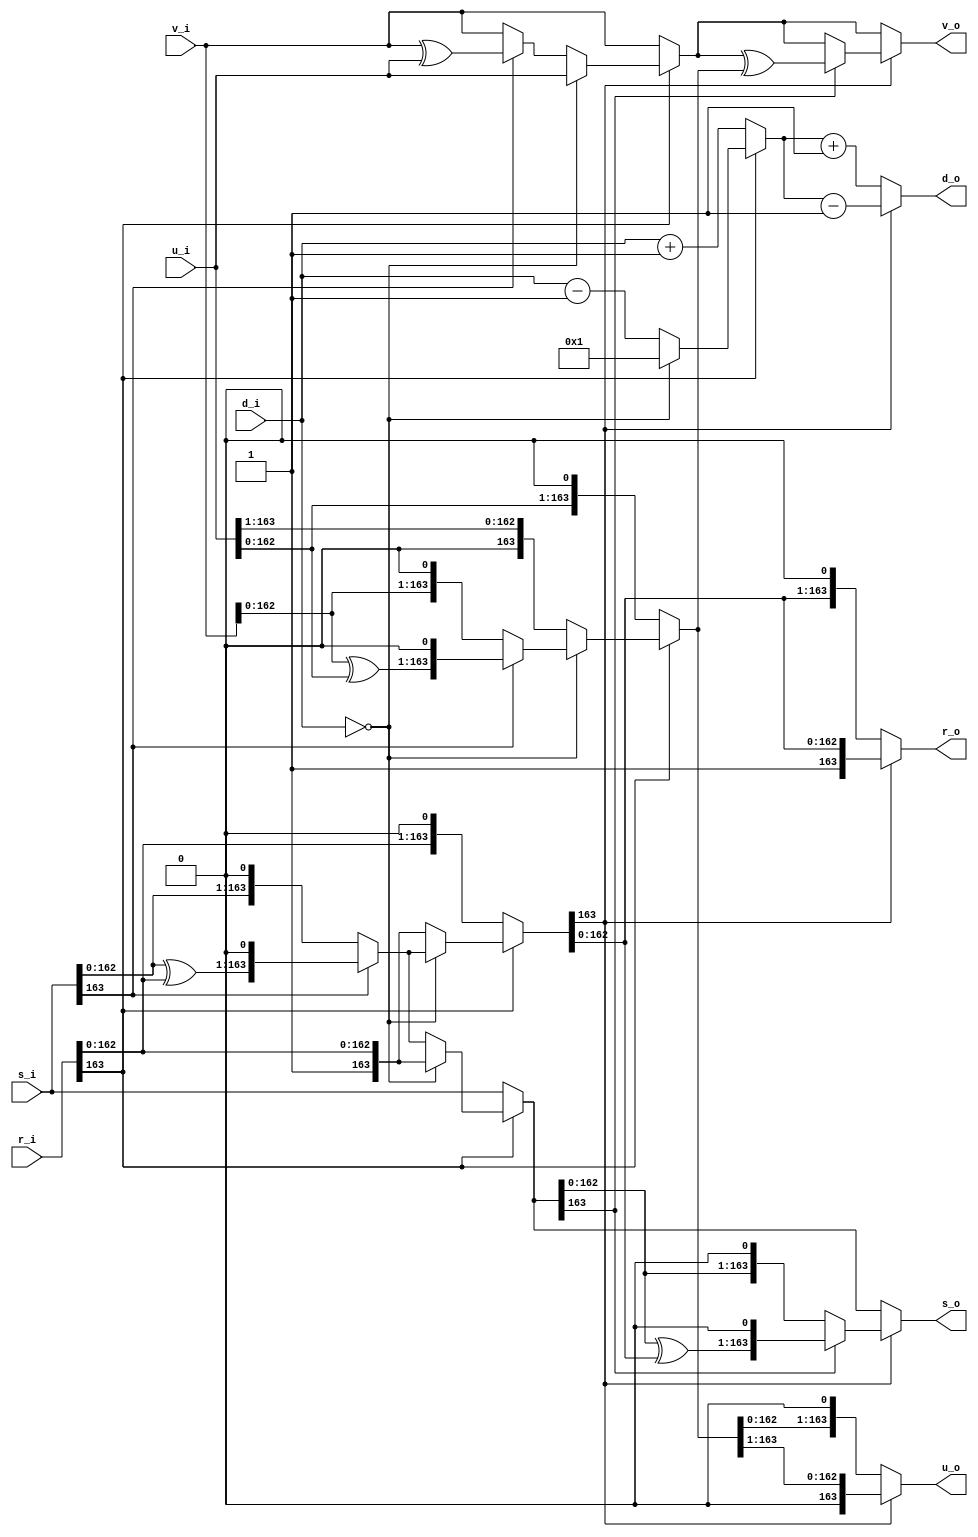
module f2m_inv_dp #(
    parameter M = 163,              // degree of f(x)
    parameter D_WIDTH = 9           // data width of counter d
)
(
    // Data interface
    input [M:0] r_i,                // input polynomial r(x)
    input [M:0] s_i,                // input polynomial s(x)
    input [M:0] u_i,                // input polynomial u(x)
    input [M:0] v_i,                // input polynomial v(x)
    input [D_WIDTH-1:0] d_i,        // input counter d
    output reg [M:0] r_o,           // output polynomial r(x)
    output reg [M:0] s_o,           // output polynomial s(x)
    output reg [M:0] u_o,           // output polynomial u(x)
    output reg [M:0] v_o,           // output polynomial v(x)
    output reg [D_WIDTH-1:0] d_o    // output counter d
);

// Local signals
reg [M:0] r1;
reg [M:0] s1;
reg [M:0] u1;
reg [M:0] v1;
reg [D_WIDTH-1:0] d1;


// Computation
always @ (*) begin
    if (r_i[M] == 1'b0) begin
        r1 = {r_i[M-1:0], 1'b0};
        u1 = {u_i[M-1:0], 1'b0};
        s1 = s_i;
        v1 = v_i;
        d1 = d_i + 1'b1;
    end
    else begin
        if (d_i == 1'b0) begin
            r1 = (s_i[M] == 1'b1) ? {s_i[M-1:0] ^ r_i[M-1:0], 1'b0} : {s_i[M-1:0], 1'b0};
            u1 = (s_i[M] == 1'b1) ? {v_i[M-1:0] ^ u_i[M-1:0], 1'b0} : {v_i[M-1:0], 1'b0};
            s1 = r_i;
            v1 = u_i;
            d1 = 1'b1;
        end
        else begin
            r1 = r_i;
            u1 = {1'b0, u_i[M:1]};
            s1 = (s_i[M] == 1'b1) ? {s_i[M-1:0] ^ r_i[M-1:0], 1'b0} : {s_i[M-1:0], 1'b0};
            v1 = (s_i[M] == 1'b1) ? v_i ^ u_i : v_i;
            d1 = d_i - 1'b1;
        end
    end
end

always @ (*) begin
    if (r1[M] == 1'b0) begin
        r_o = {r1[M-1:0], 1'b0};
        u_o = {u1[M-1:0], 1'b0};
        s_o = s1;
        v_o = v1;
        d_o = d1 + 1'b1;
    end
    else begin
        r_o = r1;
        u_o = {1'b0, u1[M:1]};
        s_o = (s1[M] == 1'b1) ? {s1[M-1:0] ^ r1[M-1:0], 1'b0} : {s1[M-1:0], 1'b0};
        v_o = (s1[M] == 1'b1) ? v1 ^ u1 : v1;
        d_o = d1 - 1'b1;
    end
end


endmodule